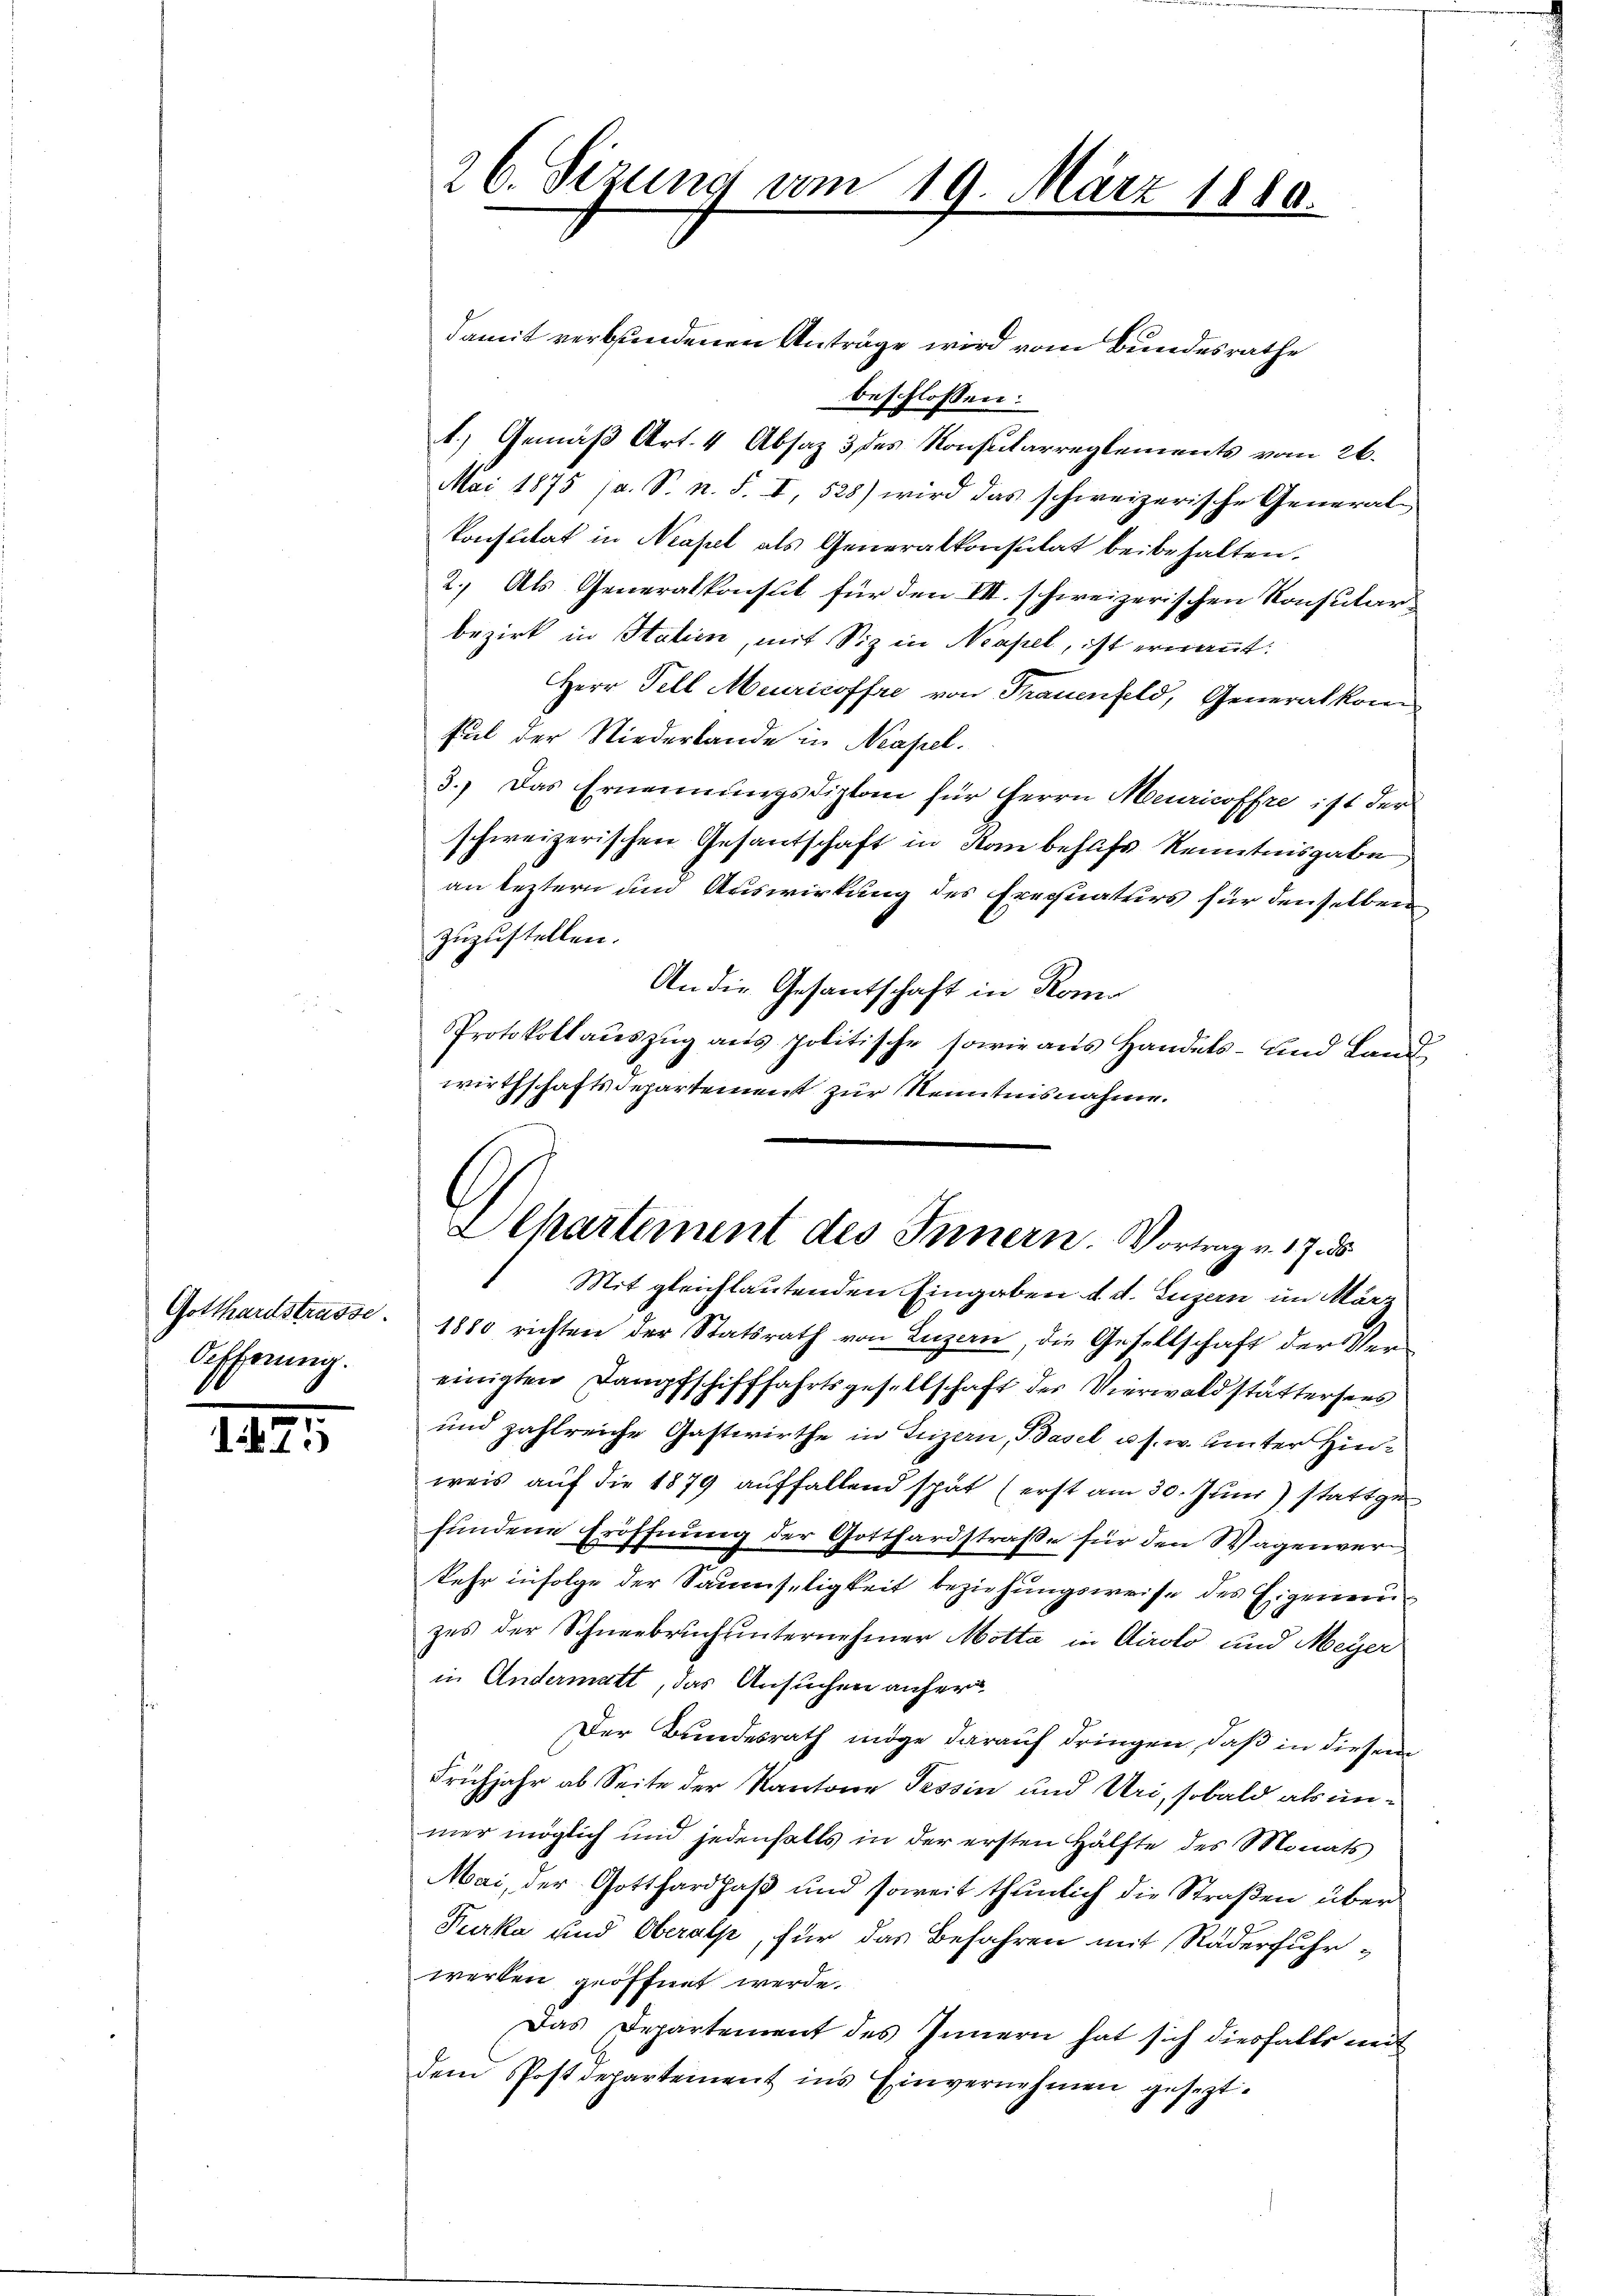
Gotthardstrasse.
Offerung.

125

damit verbundenen Anträge wird vom Bundesrathe
beschlossen:
1.) Gemäß Art. 4 Absaz 3 des Konsularreglements vom 26.
Mai 1875 (a. S. n. F. I, 528) wird das schweizerische General-
Konstitat in Neapel als Generalkonsulat beibehalten.
2. Als Generalkonsul für den VII. schweizerischen Konsularbezirk in Statien, mit Siz in Neapel, ist ernannt:
Herr Fell Meuricoffre von Frauenfeld, Generalkomful der Niederbande in Neapel.
3.) Das Ernennungsdiplom für Herrn Meuricoffre ist der
schweizerischen Gesantschaft in kan behufs Kenntnisgabe
an leztern und Auswirkung des Freimaturs für denselben
zuzustellen.
An die Gesantschaft in Romo
Protokollauszug aus politische sowie aus Handels- und Landwirthschaftsdepartement zur Kenntnisnahme.

26. Sizung am 19. März 1880.

Aepartement des Innern. Vortrag v. 17. ds

Mit gleichlautenden Eingaben d. d. Luzern im März
1880 richten der Statsrath von Luzern, die Gesellschaft der Ver-
einigten Dampfschifffahrtsgesellschaft der Vierwaldstattersees
und zahlreiche Gastwirthe in Luzern, Basel u. s. w. unter Hinweis auf die 1879 auffallend spät (erst am 30. Juni stattge
fundene Eröffnung der Gotthardstraße für den Wagenverkehr infolge der Saumseligkeit beziehungsweise des Eigenenzes der Schneebruch unternehmer Motta in Airolo und Meyer
in Andermatt, das Ansuchen anfer
Der Bundesrath möge darauf dringen, daß in diesem
Frühjahr ab Seite der Kantone Tessin und Uri, sobald als unmer möglich und jedenfalls in der ersten Hälfte des Monats
Mai, der Gotthardpaß und soweit thunlich die Straßen über
Furka und Oberalp, für das Befahren mit Räderfuhrwerken geöffnet werde.
Das Departement des Innern hat sich diesfalls mit
dem Postdepartement ins Einvernehmen gesezt.